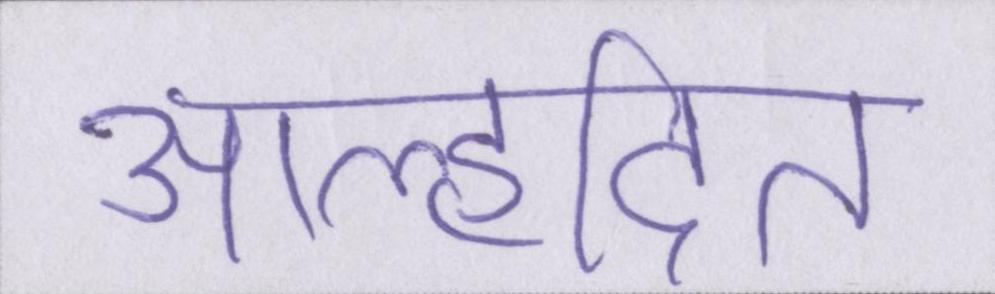
आह्लादित